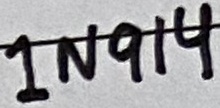
Text: 1N914